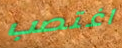
اغتصب